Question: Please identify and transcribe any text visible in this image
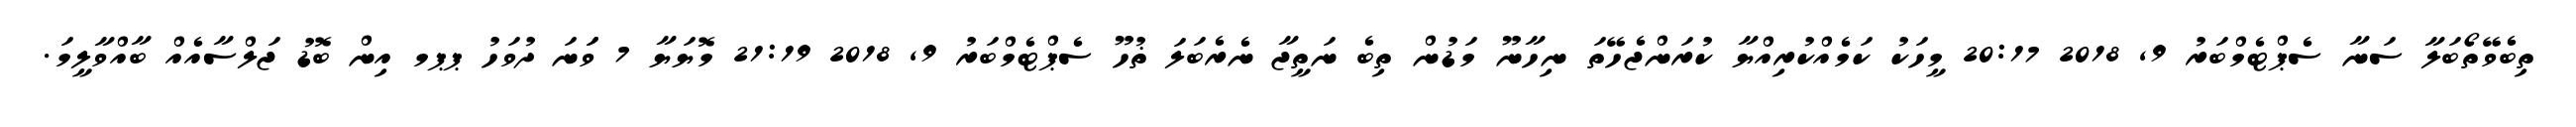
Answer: ތިބެވޭތޯބަލާ ސަނާ ސެޕްޓެމްބަރު 9, 2018 20:17 މީހަކު ކަމެއްކުރިއްޔާ ކުރަންޖެހޭތަ ނިހާނޫ މަޑުން ތިބެ ނަތީޖާ ނެރެބަލަ ޡުހޫ ސެޕްޓެމްބަރު 9, 2018 21:19 މޮޔަޔާ 7 ވަަނަ ދުވަހު ޕޕމ އިން ބޮޑު ޖަލްސާއެއް ބާއްވާލީމަ.